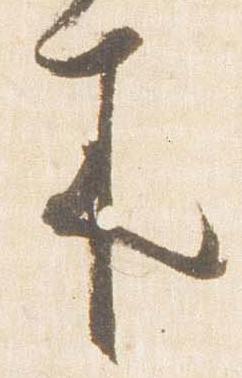
来